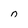
Character: n